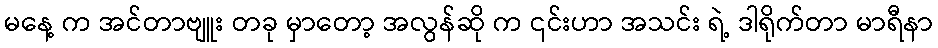
မနေ့ က အင်တာဗျူး တခု မှာတော့ အလွန်ဆို က ၎င်းဟာ အသင်း ရဲ့ ဒါရိုက်တာ မာရီနာ